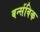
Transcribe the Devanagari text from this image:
बर्न्सविक